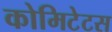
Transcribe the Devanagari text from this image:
कोमिटेटस